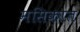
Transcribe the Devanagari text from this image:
मसिकात